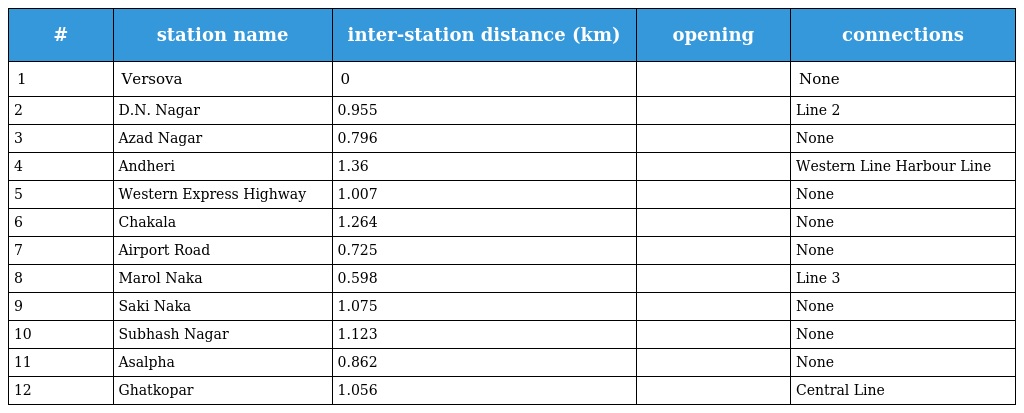
| # | station name | inter-station distance (km) | opening | connections |
 | --- | --- | --- | --- | --- |
 | 1 | Versova | 0 |  | None |
 | 2 | D.N. Nagar | 0.955 |  | Line 2 |
 | 3 | Azad Nagar | 0.796 |  | None |
 | 4 | Andheri | 1.36 |  | Western Line Harbour Line |
 | 5 | Western Express Highway | 1.007 |  | None |
 | 6 | Chakala | 1.264 |  | None |
 | 7 | Airport Road | 0.725 |  | None |
 | 8 | Marol Naka | 0.598 |  | Line 3 |
 | 9 | Saki Naka | 1.075 |  | None |
 | 10 | Subhash Nagar | 1.123 |  | None |
 | 11 | Asalpha | 0.862 |  | None |
 | 12 | Ghatkopar | 1.056 |  | Central Line |